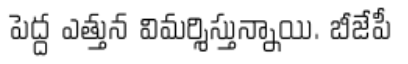
పెద్ద ఎత్తున విమర్శిస్తున్నాయి. బీజేపీ